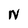
Character: N